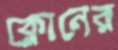
ক্লোনের